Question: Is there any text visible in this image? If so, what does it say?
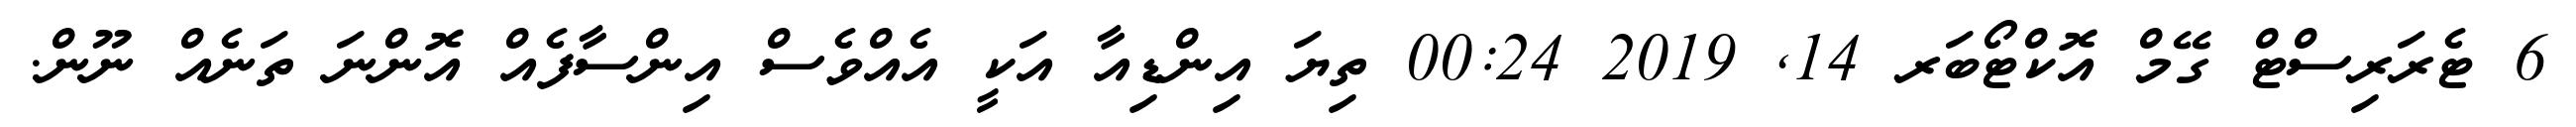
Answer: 6 ޓެރަރިސްޓް ގޭމް އޮކްޓޯބަރ 14, 2019 00:24 ތިޔަ އިންޑިއާ އަކީ އެއްވެސް އިންސާފެއް އޮންނަ ތަނެއް ނޫން.